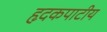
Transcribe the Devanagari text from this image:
हृदकपाटीय